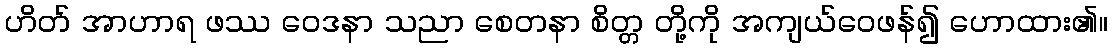
ဟိတ် အာဟာရ ဖဿ ဝေဒနာ သညာ စေတနာ စိတ္တ တို့ကို အကျယ်ဝေဖန်၍ ဟောထား၏။